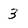
Character: 3